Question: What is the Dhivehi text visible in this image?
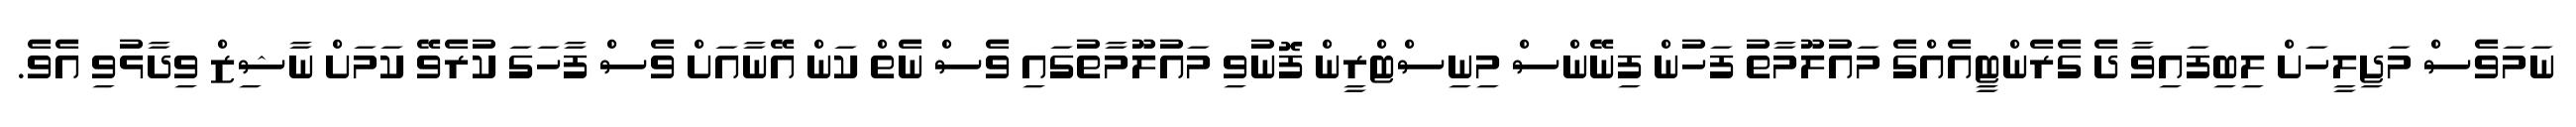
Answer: ނަމަވެސް މަޖިލީހަށް ލިބިފައިވާ ދެ ގެރެންޓީއެއްގެ މައުލޫމާތު ފަހުން ފިނޭންސް މިނިސްޓްރީން ފޮނުވި މައުލޫމާތުގައި ވެސް ނެތް ކަން އޭނާއަށް ވެސް ފާހަގަ ކުރެވޭ ކަމަށް ނާޝިޒް ވިދާޅުވި އެވެ.